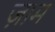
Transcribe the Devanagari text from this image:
ज़ाम